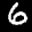
Label: 6